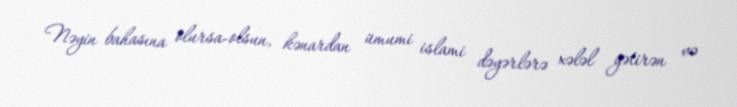
Nəyin bahasına olursa-olsun, kənardan ümumi islami dəyərlərə xələl gətirən və